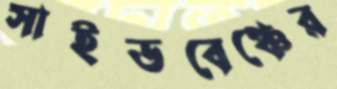
সাইডবেঞ্চের